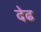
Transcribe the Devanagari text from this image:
देढ